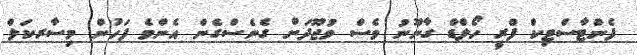
ފެންޓާސްޓިކް ފްރީ ހޯލްޑް ގާނޫނު ވެސް ވުޖޫދަށް ގެނެސްގެން އެންމެ ފަހުން މިސާރކަލް